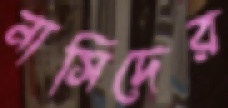
নাসিদের